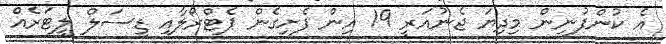
އެ ކުންފުނިން މިދިޔަ ޖެނުއަރީ 19 އިން ފެށިގެން ޕެޓްރޯލާއި ޑީސަލް ލީޓަރެއް